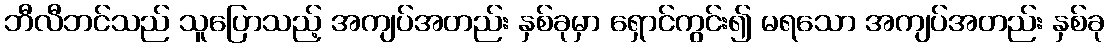
ဘီလီဘင်သည် သူပြောသည့် အကျပ်အတည်း နှစ်ခုမှာ ရှောင်ကွင်း၍ မရသော အကျပ်အတည်း နှစ်ခု